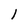
Character: l